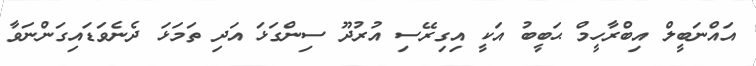
އައްނަބީލް އިބްރާހީމް ޙަބީބު އަކީ އިގިރޭސި އުރުދޫ ސިންގަޅަ އަދި ތަމަޅަ ދެނެވަޑައިގަންނަވާ